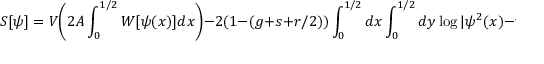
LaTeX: S [ \psi ] = V { \Biggr ( } 2 A \int _ { 0 } ^ { 1 / 2 } W [ \psi ( x ) ] d x { \Biggl ) } - 2 ( 1 - ( g + s + r / 2 ) ) \int _ { 0 } ^ { 1 / 2 } d x \int _ { 0 } ^ { 1 / 2 } d y \log | \psi ^ { 2 } ( x ) - \psi ^ { 2 } ( y ) | .